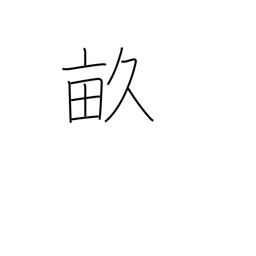
Meaning: thirty tsubo